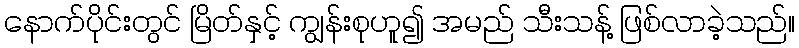
နောက်ပိုင်းတွင် မြိတ်နှင့် ကျွန်းစုဟူ၍ အမည် သီးသန့် ဖြစ်လာခဲ့သည်။